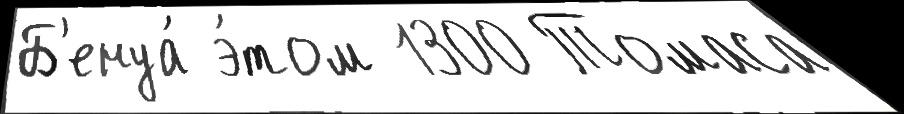
Б'енуа́ э́том 1300 Томаса